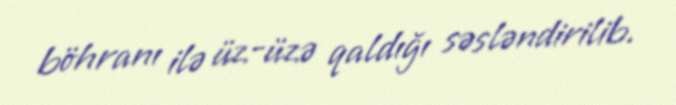
böhranı ilə üz-üzə qaldığı səsləndirilib.